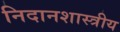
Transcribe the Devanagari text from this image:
निदानशास्त्रीय